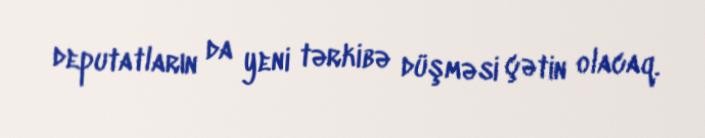
deputatların da yeni tərkibə düşməsi çətin olacaq.